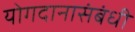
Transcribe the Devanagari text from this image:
योगदानासंबंधी